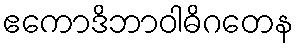
ဧကောဒိဘာဝါဓိဂတေန